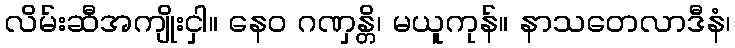
လိမ်းဆီအကျိုးငှါ။ နေဝ ဂဏှန္တိ၊ မယူကုန်။ နာသတေလာဒီနံ၊